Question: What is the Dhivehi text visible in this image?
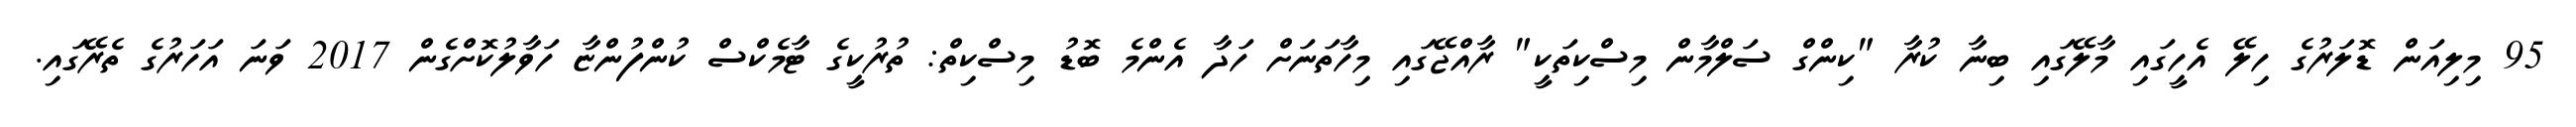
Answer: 95 މިލިއަން ޑޮލަރުގެ ހިލޭ އެހީގައި މާލޭގައި ބިނާ ކުރާ "ކިންގް ސަލްމާން މިސްކިތަކީ" ރާއްޖޭގައި މިހާތަނަށް ހަދާ އެންމެ ބޮޑު މިސްކިތް: ތުރުކީގެ ޓާމެކްސް ކުންފުންޏާ ހަވާލުކޮށްގެން 2017 ވަނަ އަހަރުގެ ތެރޭގައި.